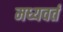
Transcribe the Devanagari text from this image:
मध्यवर्त